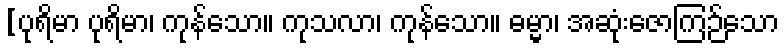
[ပုရိမာ ပုရိမာ၊ ကုန်သော။ ကုသလာ၊ ကုန်သော။ ဓမ္မာ၊ အဆုံးဇောကြဉ်သော